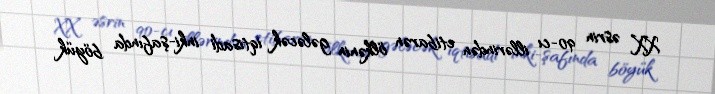
XX əsrin 90-cı illərindən etibarən ölkənin gələcək iqtisadi inki-şafında böyük